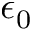
\epsilon _ { 0 }